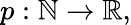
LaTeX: p:\mathbb{N}\rightarrow\mathbb{R},